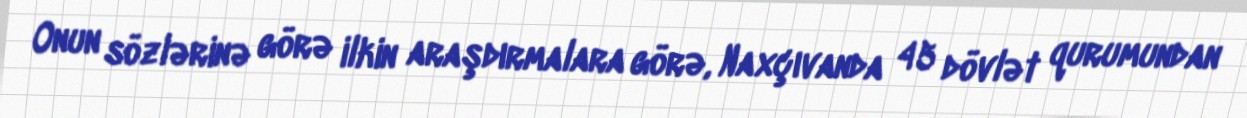
Onun sözlərinə görə ilkin araşdırmalara görə, Naxçıvanda 45 dövlət qurumundan